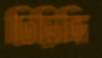
ঢিড়িঙ্গি